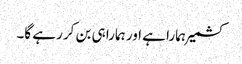
کشمیر ہمارا ہے اور ہمارا ہی بن کر رہے گا۔